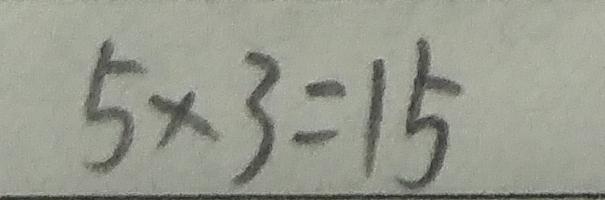
5 \times 3 = 1 5